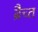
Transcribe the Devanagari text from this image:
ब्रैच्त